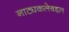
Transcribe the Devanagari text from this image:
नाट्यकलेबद्दल